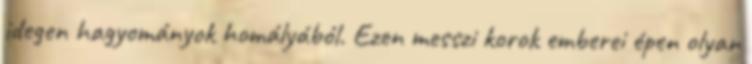
idegen hagyományok homályából. Ezen messzi korok emberei épen olyan